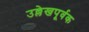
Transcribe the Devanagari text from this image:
उल्लेखपूर्वक